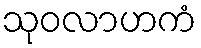
သုဝလာဟကံ